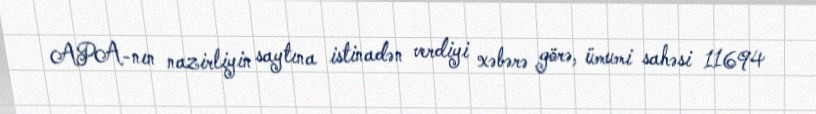
APA-nın nazirliyin saytına istinadən verdiyi xəbərə görə, ümumi sahəsi 11694